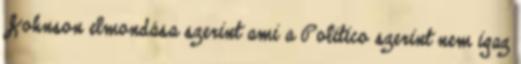
Johnson elmondása szerint ami a Politico szerint nem igaz